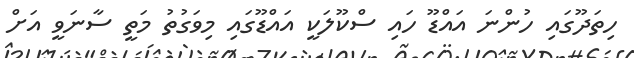
ހިތަދޫގައި ހުންނަ އައްޑޫ ހައި ސްކޫލަކީ އައްޑޫގައި މިވަގުތު މަތީ ސާނަވީ އަށް